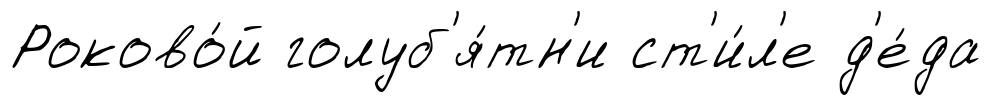
Роково́й голуб'я́тн'и ст'и́л'е д'е́да